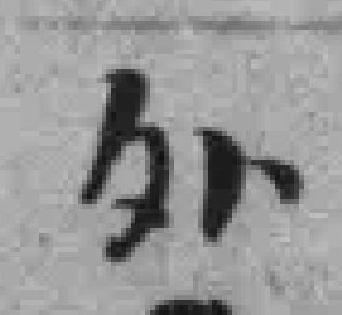
外